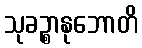
သုခဉ္စာနုဘောတိ